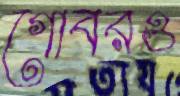
গোবরও